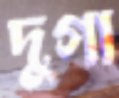
দুগা